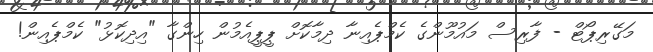
މަގޭރިޕޯޓް - ފާރިސް މައުމޫންގެ ކެމްޕެއިނާ ދިމާކޮށް ޕީޕީއެމުން ހިންގާ "އިދިކޮޅު" ކެމްޕެއިން!